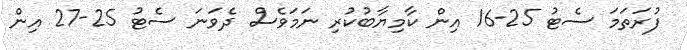
ފުރަތަމަ ސެޓު 25-16 އިން ކާމިޔާބުކުރި ނަމަވެސް ދެވަނަ ސެޓު 25-27 އިން